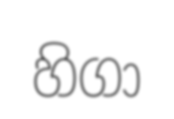
හිගා